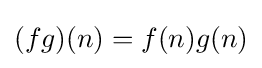
(fg)(n)=f(n)g(n)